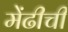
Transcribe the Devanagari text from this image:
मेंढीची